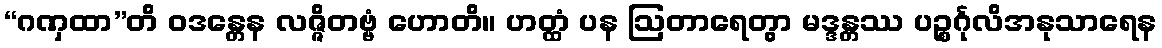
“ဂဏှထာ”တိ ဝဒန္တေန လဇ္ဇိတဗ္ဗံ ဟောတိ။ ဟတ္ထံ ပန ဩတာရေတွာ မဒ္ဒန္တဿ ပဉ္စင်္ဂုလိအနုသာရေန